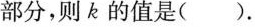
部分，则k的值是 ( )。